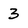
Character: 3